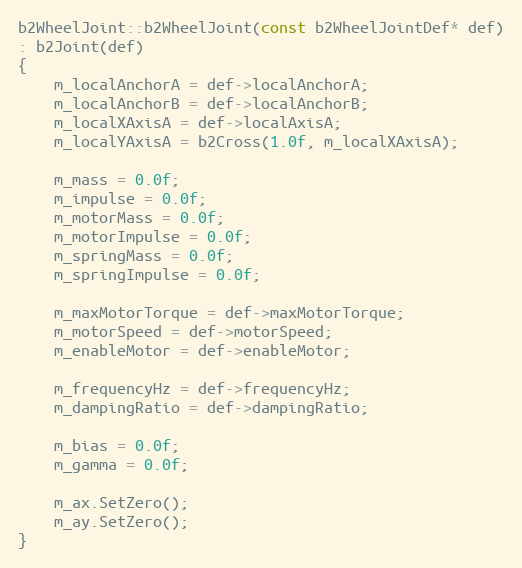
Language: C++
b2WheelJoint::b2WheelJoint(const b2WheelJointDef* def)
: b2Joint(def)
{
	m_localAnchorA = def->localAnchorA;
	m_localAnchorB = def->localAnchorB;
	m_localXAxisA = def->localAxisA;
	m_localYAxisA = b2Cross(1.0f, m_localXAxisA);

	m_mass = 0.0f;
	m_impulse = 0.0f;
	m_motorMass = 0.0f;
	m_motorImpulse = 0.0f;
	m_springMass = 0.0f;
	m_springImpulse = 0.0f;

	m_maxMotorTorque = def->maxMotorTorque;
	m_motorSpeed = def->motorSpeed;
	m_enableMotor = def->enableMotor;

	m_frequencyHz = def->frequencyHz;
	m_dampingRatio = def->dampingRatio;

	m_bias = 0.0f;
	m_gamma = 0.0f;

	m_ax.SetZero();
	m_ay.SetZero();
}